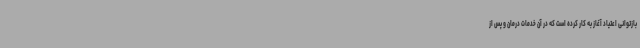
بازتوانی اعتیاد آغاز به کار کرده است که در آن خدمات درمان و پس از